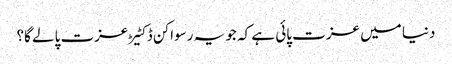
دنیا میں عزت پائی ہے کہ جو یہ رسواکن ڈکٹیڑ عزت پالے گا؟